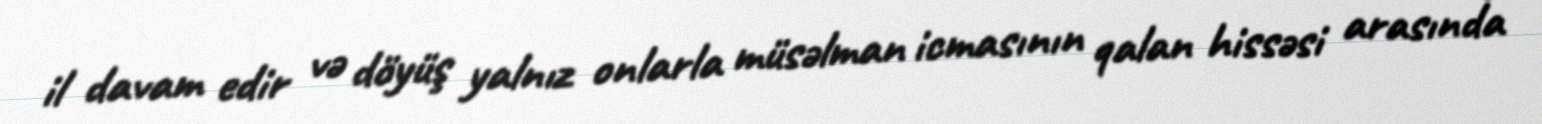
il davam edir və döyüş yalnız onlarla müsəlman icmasının qalan hissəsi arasında